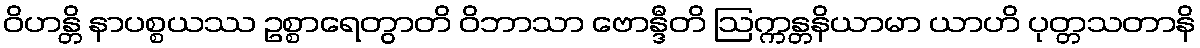
ဝိဟန္တိ နာပစ္စယဿ ဥစ္စာရေတွာတိ ဝိဘာသာ ဗောန္ဒီတိ ဩက္ကန္တနိယာမာ ယာဟိ ပုတ္တသတာနိ